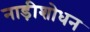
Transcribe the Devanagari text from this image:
नाड़ीशोधन